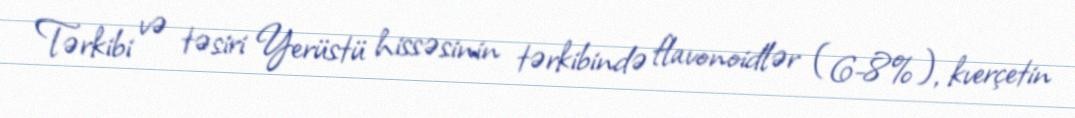
Tərkibi və təsiri Yerüstü hissəsinin tərkibində flavonoidlər (6-8%), kverçetin